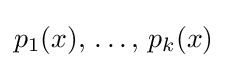
p_{1}(x),\,\ldots ,\,p_{k}(x)